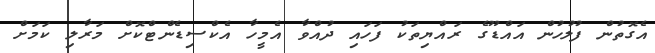
އެގޮތުން ފުލުހުން އައްޑޫގެ ރައްޔިތަކު ފަހައި ދުއްވާ އެމީހާ އެކްސިޑެންޓްކޮށް މަރާލި ކަމަށް